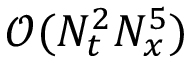
\mathcal { O } ( N _ { t } ^ { 2 } N _ { x } ^ { 5 } )